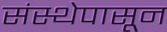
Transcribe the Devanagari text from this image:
संस्थेपासून